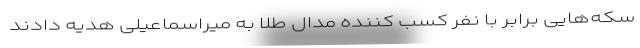
سکه‌هایی برابر با نفر کسب کننده مدال طلا به میراسماعیلی هدیه دادند